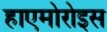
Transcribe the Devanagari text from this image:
हाएमोरोइस